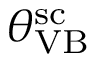
{ \theta } _ { \mathrm { V B } } ^ { \mathrm { s c } }